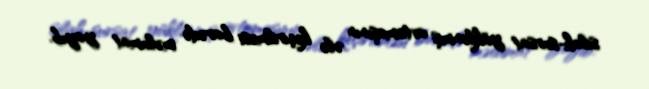
silah-sursat yüklənmiş avtomaşının ələ keçirilməsi barədə məlumat yayıb.